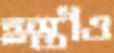
হস্তীও